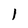
Character: 1